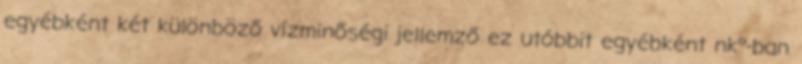
egyébként két különböző vízminőségi jellemző ez utóbbit egyébként nk°-ban